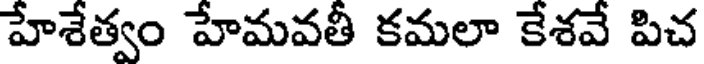
హేశేత్వం హేమవతీ కమలా కేశవే పిచ